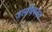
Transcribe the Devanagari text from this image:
जलधिवलयं